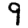
Digit: 9